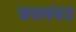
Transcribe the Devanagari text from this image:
जवसंयत्र